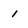
Character: I